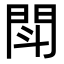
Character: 閗